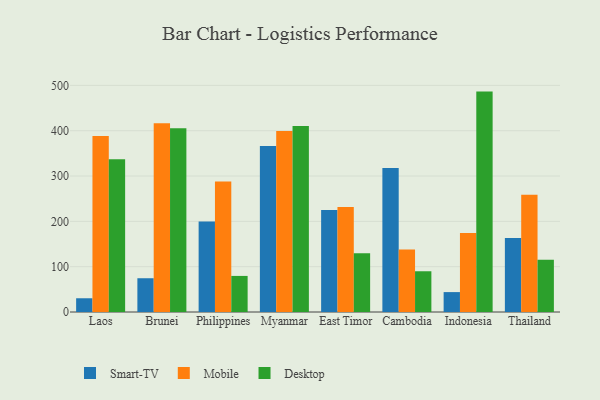
{"axis": {"x": "Country", "y": "Operating Costs (USD K)"}, "legend": ["Desktop", "Mobile", "Smart-TV"], "data": [{"x": "Laos", "y": 30.3, "type": "Smart-TV"}, {"x": "Laos", "y": 388.6, "type": "Mobile"}, {"x": "Laos", "y": 337.3, "type": "Desktop"}, {"x": "Brunei", "y": 74.5, "type": "Smart-TV"}, {"x": "Brunei", "y": 416.6, "type": "Mobile"}, {"x": "Brunei", "y": 405.2, "type": "Desktop"}, {"x": "Philippines", "y": 199.9, "type": "Smart-TV"}, {"x": "Philippines", "y": 287.9, "type": "Mobile"}, {"x": "Philippines", "y": 79.6, "type": "Desktop"}, {"x": "Myanmar", "y": 366.3, "type": "Smart-TV"}, {"x": "Myanmar", "y": 399.1, "type": "Mobile"}, {"x": "Myanmar", "y": 410.5, "type": "Desktop"}, {"x": "East Timor", "y": 225.3, "type": "Smart-TV"}, {"x": "East Timor", "y": 231.6, "type": "Mobile"}, {"x": "East Timor", "y": 129.4, "type": "Desktop"}, {"x": "Cambodia", "y": 318.0, "type": "Smart-TV"}, {"x": "Cambodia", "y": 137.7, "type": "Mobile"}, {"x": "Cambodia", "y": 89.9, "type": "Desktop"}, {"x": "Indonesia", "y": 43.9, "type": "Smart-TV"}, {"x": "Indonesia", "y": 174.4, "type": "Mobile"}, {"x": "Indonesia", "y": 486.3, "type": "Desktop"}, {"x": "Thailand", "y": 163.2, "type": "Smart-TV"}, {"x": "Thailand", "y": 258.5, "type": "Mobile"}, {"x": "Thailand", "y": 115.3, "type": "Desktop"}]}